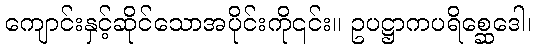
ကျောင်းနှင့်ဆိုင်သောအပိုင်းကို၎င်း။ ဥပဋ္ဌာကပရိစ္ဆေဒေါ၊